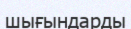
шығындарды